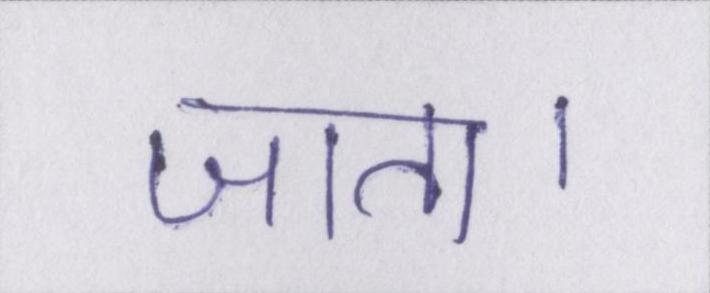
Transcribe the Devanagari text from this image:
जाता।